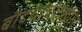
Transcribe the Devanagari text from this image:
बौद्धांचीदेखील